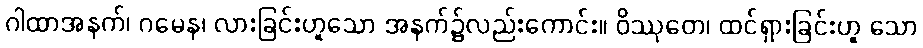
ဂါထာအနက်၊ ဂမေန၊ လားခြင်းဟူသော အနက်၌လည်းကောင်း။ ဝိဿုတေ၊ ထင်ရှားခြင်းဟူ သော